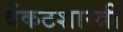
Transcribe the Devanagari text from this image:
वेंकटशास्त्री